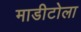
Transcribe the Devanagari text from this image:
माडीटोला